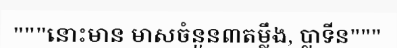
"""នោះមាន មាសចំនួន៣តម្លឹង, ប្លាទីន"""